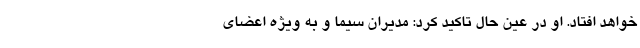
خواهد افتاد. او در عین حال تاکید کرد: مدیران سیما و به ویژه اعضای